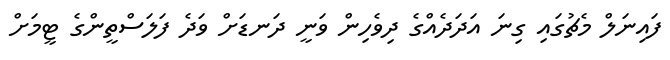
ފައިނަލް މެޗުގައި ގިނަ އަދަދެއްގެ ދިވެހިން ވަނީ ދަނޑަށް ވަދެ ފަލަސްތީންގެ ޓީމަށް